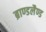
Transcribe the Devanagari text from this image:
ब्राण्डलैण्ड